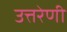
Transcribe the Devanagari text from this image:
उत्तरेणी